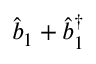
\hat { b } _ { 1 } + \hat { b } _ { 1 } ^ { \dagger }